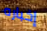
إخباره